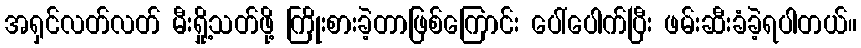
အရှင်လတ်လတ် မီးရှို့သတ်ဖို့ ကြိုးစားခဲ့တာဖြစ်ကြောင်း ပေါ်ပေါက်ပြီး ဖမ်းဆီးခံခဲ့ရပါတယ်။